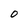
Character: O